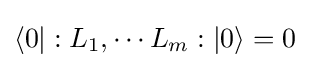
\langle 0|:L_{1},\cdots L_{m}:|0\rangle =0